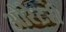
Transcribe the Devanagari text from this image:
ओरेटरी